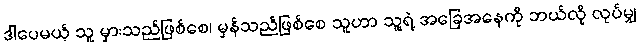
ဒါပေမယ့် သူ မှားသည်ဖြစ်စေ၊ မှန်သည်ဖြစ်စေ သူဟာ သူ့ရဲ့ အခြေအနေကို ဘယ်လို လုပ်မျှ